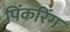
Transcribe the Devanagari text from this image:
पिंकरिंग